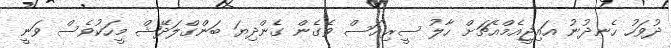
ދުވަހު ހެނދުނު އައިޖީއެމްއެޗަށް ހާލު ސީރިއަސް ވެގެން ގެންދިޔަ ބަންގްލަދޭޝް މީހަކުވެސް ވަނީ